Vaccine operations Central Provinces 1868-1885 - 1868-1885
Year: 1868
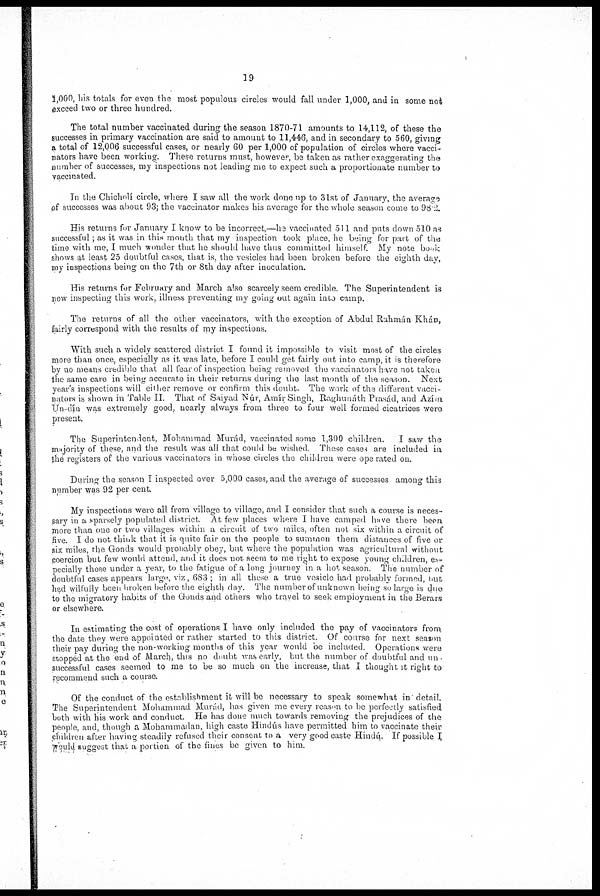
19
1,000, his totals for even the most populous circles would fall under 1,000, and in some not
exceed two or three hundred.
The total number vaccinated during the season 1870-71 amounts to 14,112, of these the
successes in primary vaccination are said to amount to 11,446, and in secondary to 560, giving
a total of 12,006 successful cases, or nearly 60 per 1,000 of population of circles where vacci-
nators have been working. These returns must, however, be taken as rather exaggerating the
number of successes, my inspections not leading me to expect such a proportionate number to
vaccinated.
In the Chicholí circle, where I saw all the work done up to 31st of January, the average
of successes was about 93; the vaccinator makes his average for the whole season come to 98.2.
His returns for January I know to be incorrect,—he vaccinated 511 and puts down 510 as
successful; as it was in this month that my inspection took place, he being for part of the
time with me, I much wonder that he should have thus committed himself. My note book
shows at least 25 doubtful cases, that is, the vesicles had been broken before the eighth day,
my inspections being on the 7th or 8th day after inoculation.
His returns for February and March also scarcely seem credible. The Superintendent is
now inspecting this work, illness preventing my going out again into camp.
The returns of all the other vaccinators, with the exception of Abdul Rahmán Khán,
fairly correspond with the results of my inspections.
With such a widely scattered district I found it impossible to visit most of the circles
more than once, especially as it was late, before I could get fairly out into camp, it is therefore
by no means credible that all fear of inspection being removed the vaccinators have not taken
the same care in being accurate in their returns during the last month of the season. Next
year's inspections will either remove or confirm this doubt. The work of the different vacci-
nators is shown in Table II. That of Saiyad Núr, Amír Singh, Raghunáth Prasád, and Azím.
Un-dín was extremely good, nearly always from three to four well formed cicatrices were
present.
The Superintendent, Mohammad Murád, vaccinated some 1,300 children.
I saw the
majority of these, and the result was all that could be wished. These cases are included in
the registers of the various vaccinators in whose circles the children were operated on.
During the season I inspected over 5,000 cases, and the average of successes among this
number was 92 per cent.
My inspections were all from village to village, and I consider that such a course is neces-
sary in a sparsely populated district At few places where I have camped have there been
more than one or two villages within a circuit of two miles, often not six within a circuit of
five. I do not think that it is quite fair on the people to summon them distances of five or
six miles, the Gonds would probably obey, but where the population was agricultural without
coercion but few would attend, and it does not seem to me right to expose young children, es-
pecially those under a year, to the fatigue of a long journey in a hot season The number of
doubtful cases appears large, viz, 683 ; in all these a true vesicle had probably formed, but
had wilfully been broken before the eighth day. The number of unknown being so large is due
to the migratory habits of the Gonds and others who travel to seek employment in the Berais
or elsewhere.
In estimating the cost of operations I have only included the pay of vaccinators from
the date they were appointed or rather started to this district. Of course for next season
their pay during the non-working months of this year would be included Operations were
shopped at the end of March, this no doubt was early, but the number of doubtful and un-
successful cases seemed to me to be so much on the increase, that I thought it right to
recommend such a course.
Of the conduct of the establishment it will be necessary to speak somewhat in detail.
The Superintendent Mohammad Murad, has given me every reason to be perfectly satisfied
both with his work and conduct. He has done much towards removing the prejudices of the
people, and, though a Mohammadan, high caste Hindus have permitted him to vaccinate their
children after having steadily refused their consent to a very good caste Hindú. If possible I
would suggest that a portion of the fines be given to him.